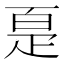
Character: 𰣠